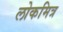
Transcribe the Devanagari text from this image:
लोकमित्र